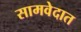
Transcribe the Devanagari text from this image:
सामवेदात